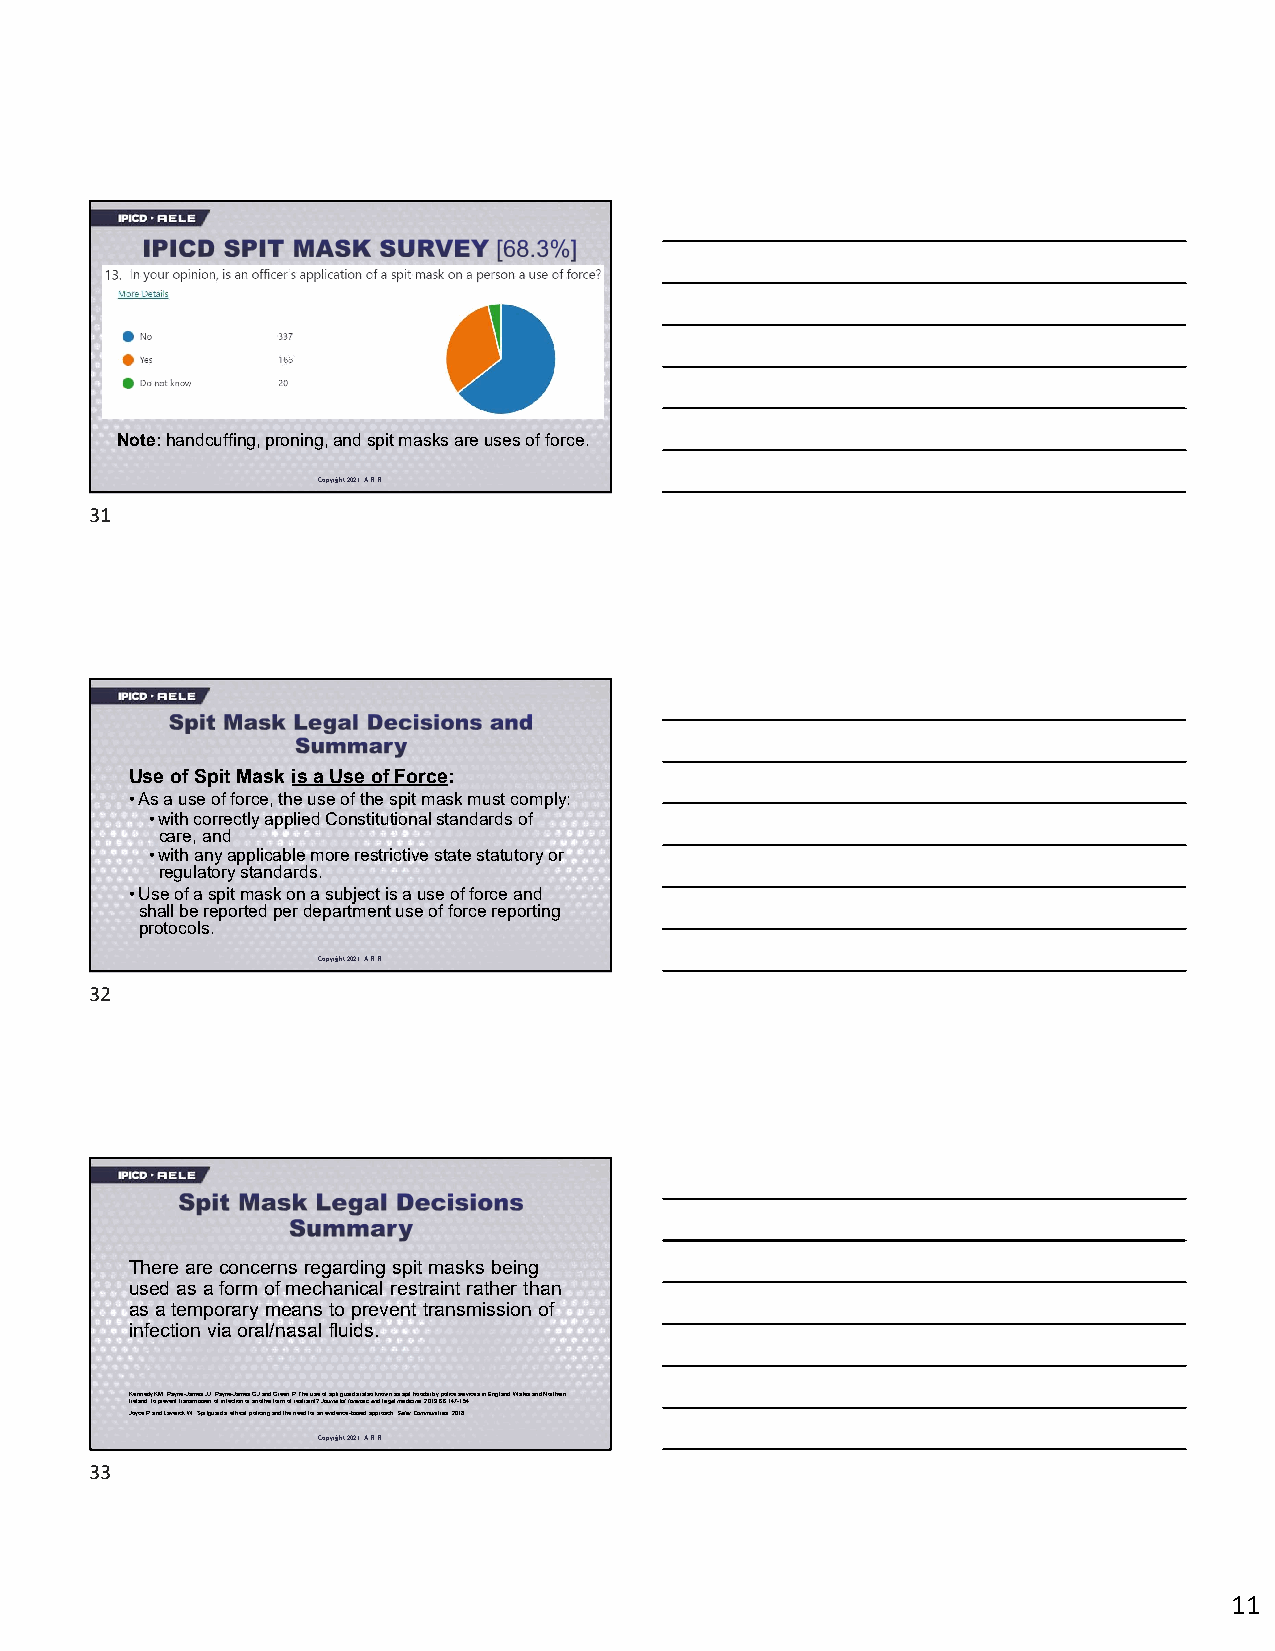
Note:handcuffing, proning, and spit masks are uses of force.
 Copyright 2021. A.R.R.
 31
 Use of Spit Mask is a Use of Force:
 •As a use of force, the use of the spit mask must comply:
 •with correctly applied Constitutional standards of
 care, and
 •with any applicable more restrictive state statutory or
 regulatory standards.
 •Use of a spit mask on a subject is a use of force and
 shall be reported per department use of force reporting
 protocols.
 Copyright 2021. A.R.R.
 32
 There are concerns regarding spit masks being
 used as a form of mechanical restraint rather than
 as a temporary means to prevent transmission of
 infection via oral/nasal fluids.
 Kennedy KM, Payne-James JJ, Payne-James GJ and Green P. The use of spit guards (also known as spit hoods) by police services in England, Wales and Northern
 Ireland: to prevent transmission of infection or another form of restraint? Journal of forensic and legal medicine. 2019;66:147-154.
 Joyce P and Laverick W. Spit guards, ethical policing and the need for an evidence-based approach. Safer Communities. 2018.
 Copyright 2021. A.R.R.
 33
 11